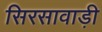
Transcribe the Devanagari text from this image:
सिरसावाड़ी